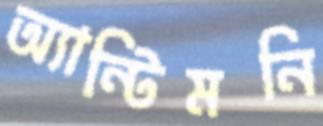
অ্যান্টিমনি